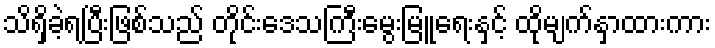
သိရှိခဲ့ရပြီးဖြစ်သည် တိုင်းဒေသကြီးမွေးမြူရေးနှင့် ထိုမျက်နှာထားကား